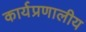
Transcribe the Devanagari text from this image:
कार्यप्रणालीय